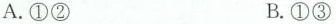
A.①② B.①③